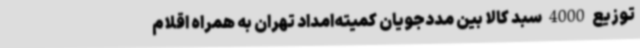
توزیع 4000 سبد کالا بین مددجویان کمیته‌امداد تهران به همراه اقلام